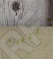
التقيتما